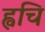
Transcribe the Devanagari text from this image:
ह्वचि